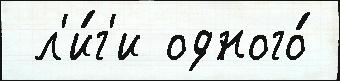
 л'и́г'и одного́